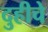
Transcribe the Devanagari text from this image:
दुहीचे